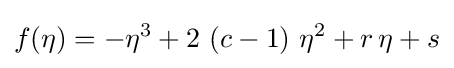
f(\eta )=-\eta ^{3}+2\,\left(c-1\right)\,\eta ^{2}+r\,\eta +s